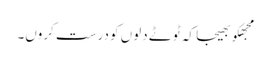
مجھکو بھیجا کہ ٹوٹے دلوں کو درست کروں۔